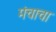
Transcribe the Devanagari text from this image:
मंचाचा